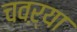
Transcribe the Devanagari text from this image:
चवऱ्या